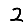
Digit: 2